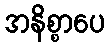
အနိစ္စာပေ